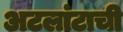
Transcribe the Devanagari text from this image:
अटलांटाची